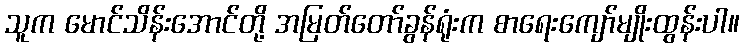
သူက မောင်သိန်းအောင်တို့ အမြတ်တော်ခွန်ရုံးက စာရေးကျော်မျိုးထွန်းပါ။